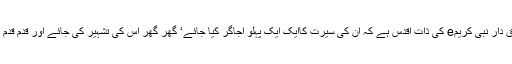
ایسی صورت میں سب سے زیادہ حق دار نبی کریمe کی ذات اقدس ہے کہ ان کی سیرت کاایک ایک پہلو اجاگر کیا جائے‘ گھر گھر اس کی تشہیر کی جائے اور قدم قدم پر آپ کی سیرت پر عمل کیا جائے۔